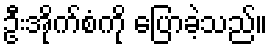
ဦးအိုက်စံကို ပြောခဲ့သည်။